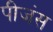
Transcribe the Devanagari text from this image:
पीजंस